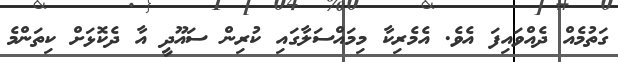
ގަތުމެއް ދެއްވައިފަ އެވެ. އެމެރިކާ މިމައްސަލާގައި ކުރިން ސައޫދީ އާ ދެކޮޅަށް ކިތަންމެ